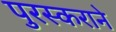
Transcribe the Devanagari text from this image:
पुरस्कराने